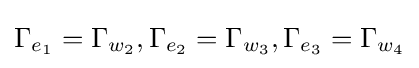
\Gamma _{e_{1}}=\Gamma _{w_{2}},\Gamma _{e_{2}}=\Gamma _{w_{3}},\Gamma _{e_{3}}=\Gamma _{w_{4}}